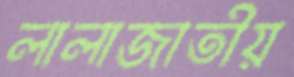
লালাজাতীয়